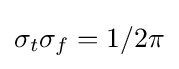
\sigma _{t}\sigma _{f}=1/2\pi